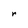
Character: r